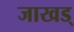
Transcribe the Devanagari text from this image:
जाखड्